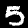
Digit: 5